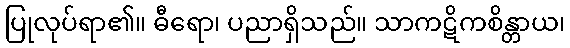
ပြုလုပ်ရာ၏။ ဓီရော၊ ပညာရှိသည်။ သာကဋိကစိန္တာယ၊